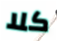
كلا